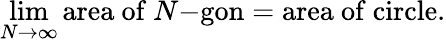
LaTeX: \operatorname*{lim}_{N\to\infty}{\mathrm{area~of~}}N{\mathrm{-gon}}={\mathrm{area~of~circle}}.